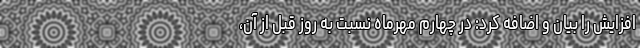
افزایش را بیان و اضافه کرد: در چهارم مهرماه نسبت به روز قبل از آن،